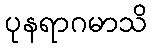
ပုနရာဂမာသိ